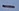
Text: -